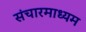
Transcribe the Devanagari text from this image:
संचारमाध्यम